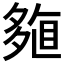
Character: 𡖽